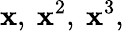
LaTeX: \mathbf{x},\ \mathbf{x}^{2},\ \mathbf{x}^{3},